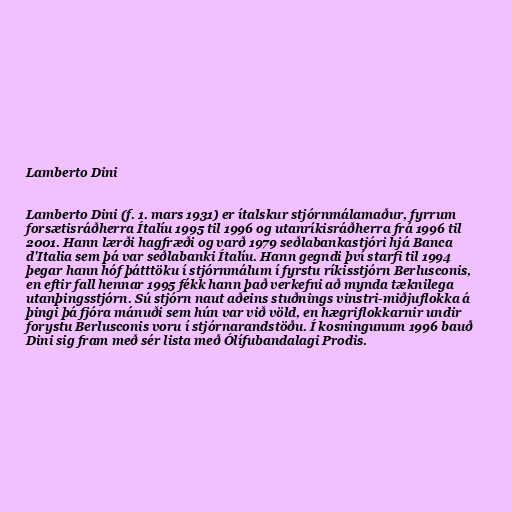
Lamberto Dini

Lamberto Dini (f. 1. mars 1931) er ítalskur stjórnmálamaður, fyrrum
forsætisráðherra Ítalíu 1995 til 1996 og utanríkisráðherra frá 1996 til
2001. Hann lærði hagfræði og varð 1979 seðlabankastjóri hjá Banca
d'Italia sem þá var seðlabanki Ítalíu. Hann gegndi því starfi til 1994
þegar hann hóf þátttöku í stjórnmálum í fyrstu ríkisstjórn Berlusconis,
en eftir fall hennar 1995 fékk hann það verkefni að mynda tæknilega
utanþingsstjórn. Sú stjórn naut aðeins stuðnings vinstri-miðjuflokka á
þingi þá fjóra mánuði sem hún var við völd, en hægriflokkarnir undir
forystu Berlusconis voru í stjórnarandstöðu. Í kosningunum 1996 bauð
Dini sig fram með sér lista með Ólífubandalagi Prodis.